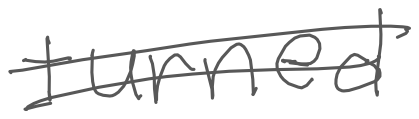
Text: turned
Cross-out: double-line
Writing tool: digital_gray